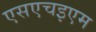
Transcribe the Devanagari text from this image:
एसएचइएम